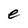
Character: e